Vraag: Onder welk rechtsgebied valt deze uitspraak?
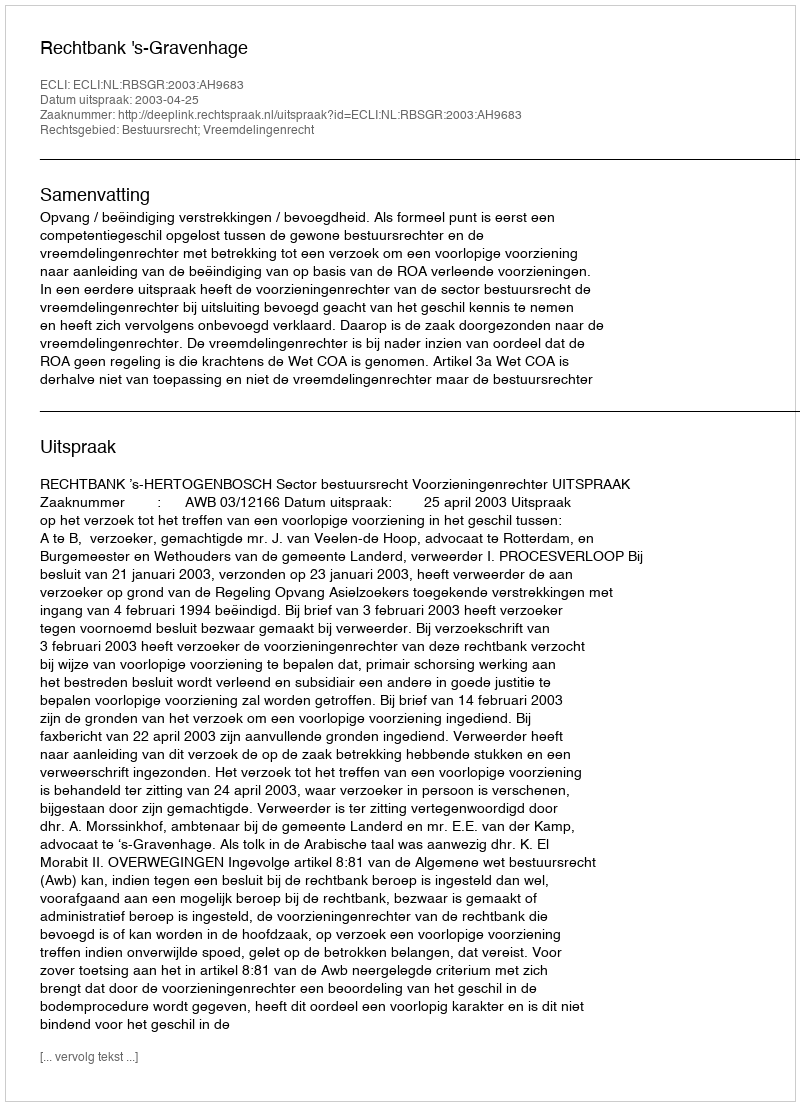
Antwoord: Bestuursrecht; Vreemdelingenrecht